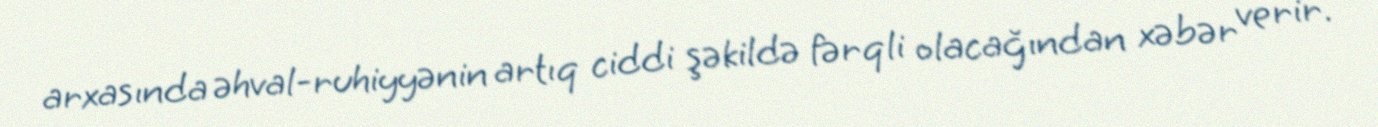
arxasında əhval-ruhiyyənin artıq ciddi şəkildə fərqli olacağından xəbər verir.